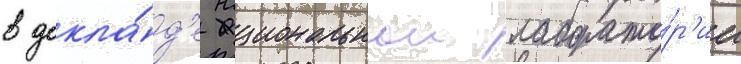
в докла́д'е национальнои лаборато́р'ии